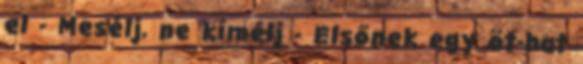
el - Mesélj, ne kímélj - Elsőnek egy öt-hat